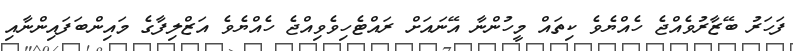
ފަހަރު ބޭޒާރުވެއްޖެ ހެއްޔެވެ ކިތައް މީހުންނާ އޭނައަށް ރައްޓެހިވެވިއްޖެ ހެއްޔެވެ އަޒްލިފާގެ މައިންބަފައިންނާއި